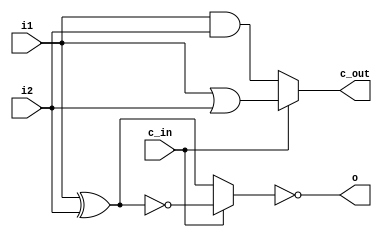
// add2
module add2 (
  input i1,
  input i2,
  input c_in,
  output o,
  output c_out
);

  reg sum;
  reg carry_out;
  wire sum_neg;

  assign sum_neg = ~sum;
  assign o = sum_neg;
  assign c_out = carry_out;
  
  always @(*) begin
    if (c_in == 1'b0) begin
      sum = i1^i2;
      carry_out = i1&i2;
    end else begin
      sum = ~(i1^i2);
      carry_out = i1|i2;
    end
  end
endmodule

module l (
  input i1,
  input i2,
  output o
);
  wire x;
  assign x = i1^i2;
  assign o = ~x;
endmodule

// add3
module add3 (
  input i1,
  input i2,
  input i3,
  input c_in,
  output [1:0] o
);

  wire inter_sum_2;
  wire c_out_2;
  wire [1:0] sum3;
  wire log_out;

  add2 add2_0(
    .i1(i1),
    .i2(i2),
    .c_in(c_in),
    .o(inter_sum_2),
    .c_out(c_out_2)
  );

  add2 add2_1(
    .i1(~inter_sum_2),
    .i2(i3),
    .c_in(c_out_2),
    .o(sum3[0]),
    .c_out(sum3[1])
  );

  l l_0 (
    .i1(i1),
    .i2(i2),
    .o(log_out)
  );

  assign o = sum3 + {1'b0,~log_out};
endmodule

// add5
module punching_3 (
  input i1,
  input i2,
  input i3,
  input i4,
  input i5,
  output [1:0] o
);

  wire [1:0] add3_out;
  wire [1:0] add3_out_2;
  wire       add2_out;
  wire       add2_c_out;

  add3 add3_0(
    .i1(i1),
    .i2(i2),
    .i3(i3),
    .c_in(i1),
    .o(add3_out)
  );

  add2 add2_0(
    .i1(i4),
    .i2(i5),
    .c_in(i1),
    .o(add2_out),
    .c_out(add2_c_out)
  );

  add3 add3_1(
    .i1(add3_out[0]),
    .i2(add3_out[1]),
    .i3(~add2_c_out),
    .c_in(add2_c_out),
    .o(add3_out_2)
  );

  assign o = ~add3_out_2;
endmodule